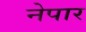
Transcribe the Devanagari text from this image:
नेपार